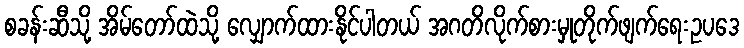
စခန်းဆီသို့ အိမ်တော်ထဲသို့ လျှောက်ထားနိုင်ပါတယ် အဂတိလိုက်စားမှုတိုက်ဖျက်ရေးဥပဒေ